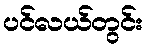
ပင်လယ်တွင်း